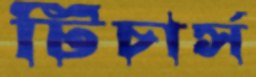
টিচার্স